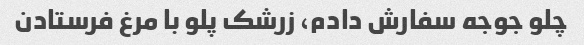
چلو جوجه سفارش دادم، زرشک پلو با مرغ فرستادن